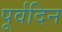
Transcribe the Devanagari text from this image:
पूर्वदिन